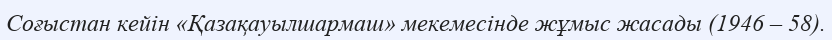
Соғыстан кейін «Қазақауылшармаш» мекемесінде жұмыс жасады (1946 – 58).